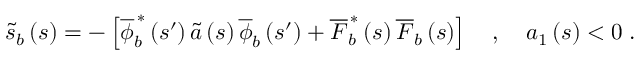
\widetilde { s } _ { b } \left( s \right) = - \left[ \overline { { \phi } } _ { b } ^ { \, \ast } \left( s ^ { \prime } \right) \widetilde { a } \left( s \right) \overline { { \phi } } _ { b } \left( s ^ { \prime } \right) + \overline { { F } } _ { b } ^ { \, \ast } \left( s \right) \overline { { F } } _ { b } \left( s \right) \right] \quad , \quad a _ { 1 } \left( s \right) < 0 \; .